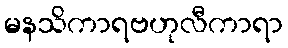
မနသိကာရဗဟုလီကာရာ